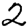
Digit: 2